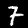
Label: 7